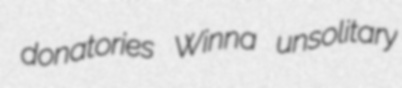
donatories Winna unsolitary